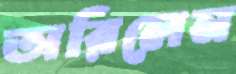
অরিলেন